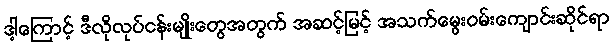
ဒါ့ကြောင့် ဒီလိုလုပ်ငန်းမျိုးတွေအတွက် အဆင့်မြင့် အသက်မွေးဝမ်းကျောင်းဆိုင်ရာ